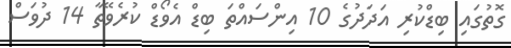
ގޮތުގައި ބިޑްކުރި އަދަދުގެ 10 އިންސައްތަ ބިޑް އެވޯޑް ކުރެވޭތާ 14 ދުވަސް